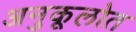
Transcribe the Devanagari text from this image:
अनुकूलोत